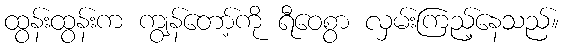
ထွန်းထွန်းက ကျွန်တော့်ကို ရီဝေစွာ လှမ်းကြည့်နေသည်။